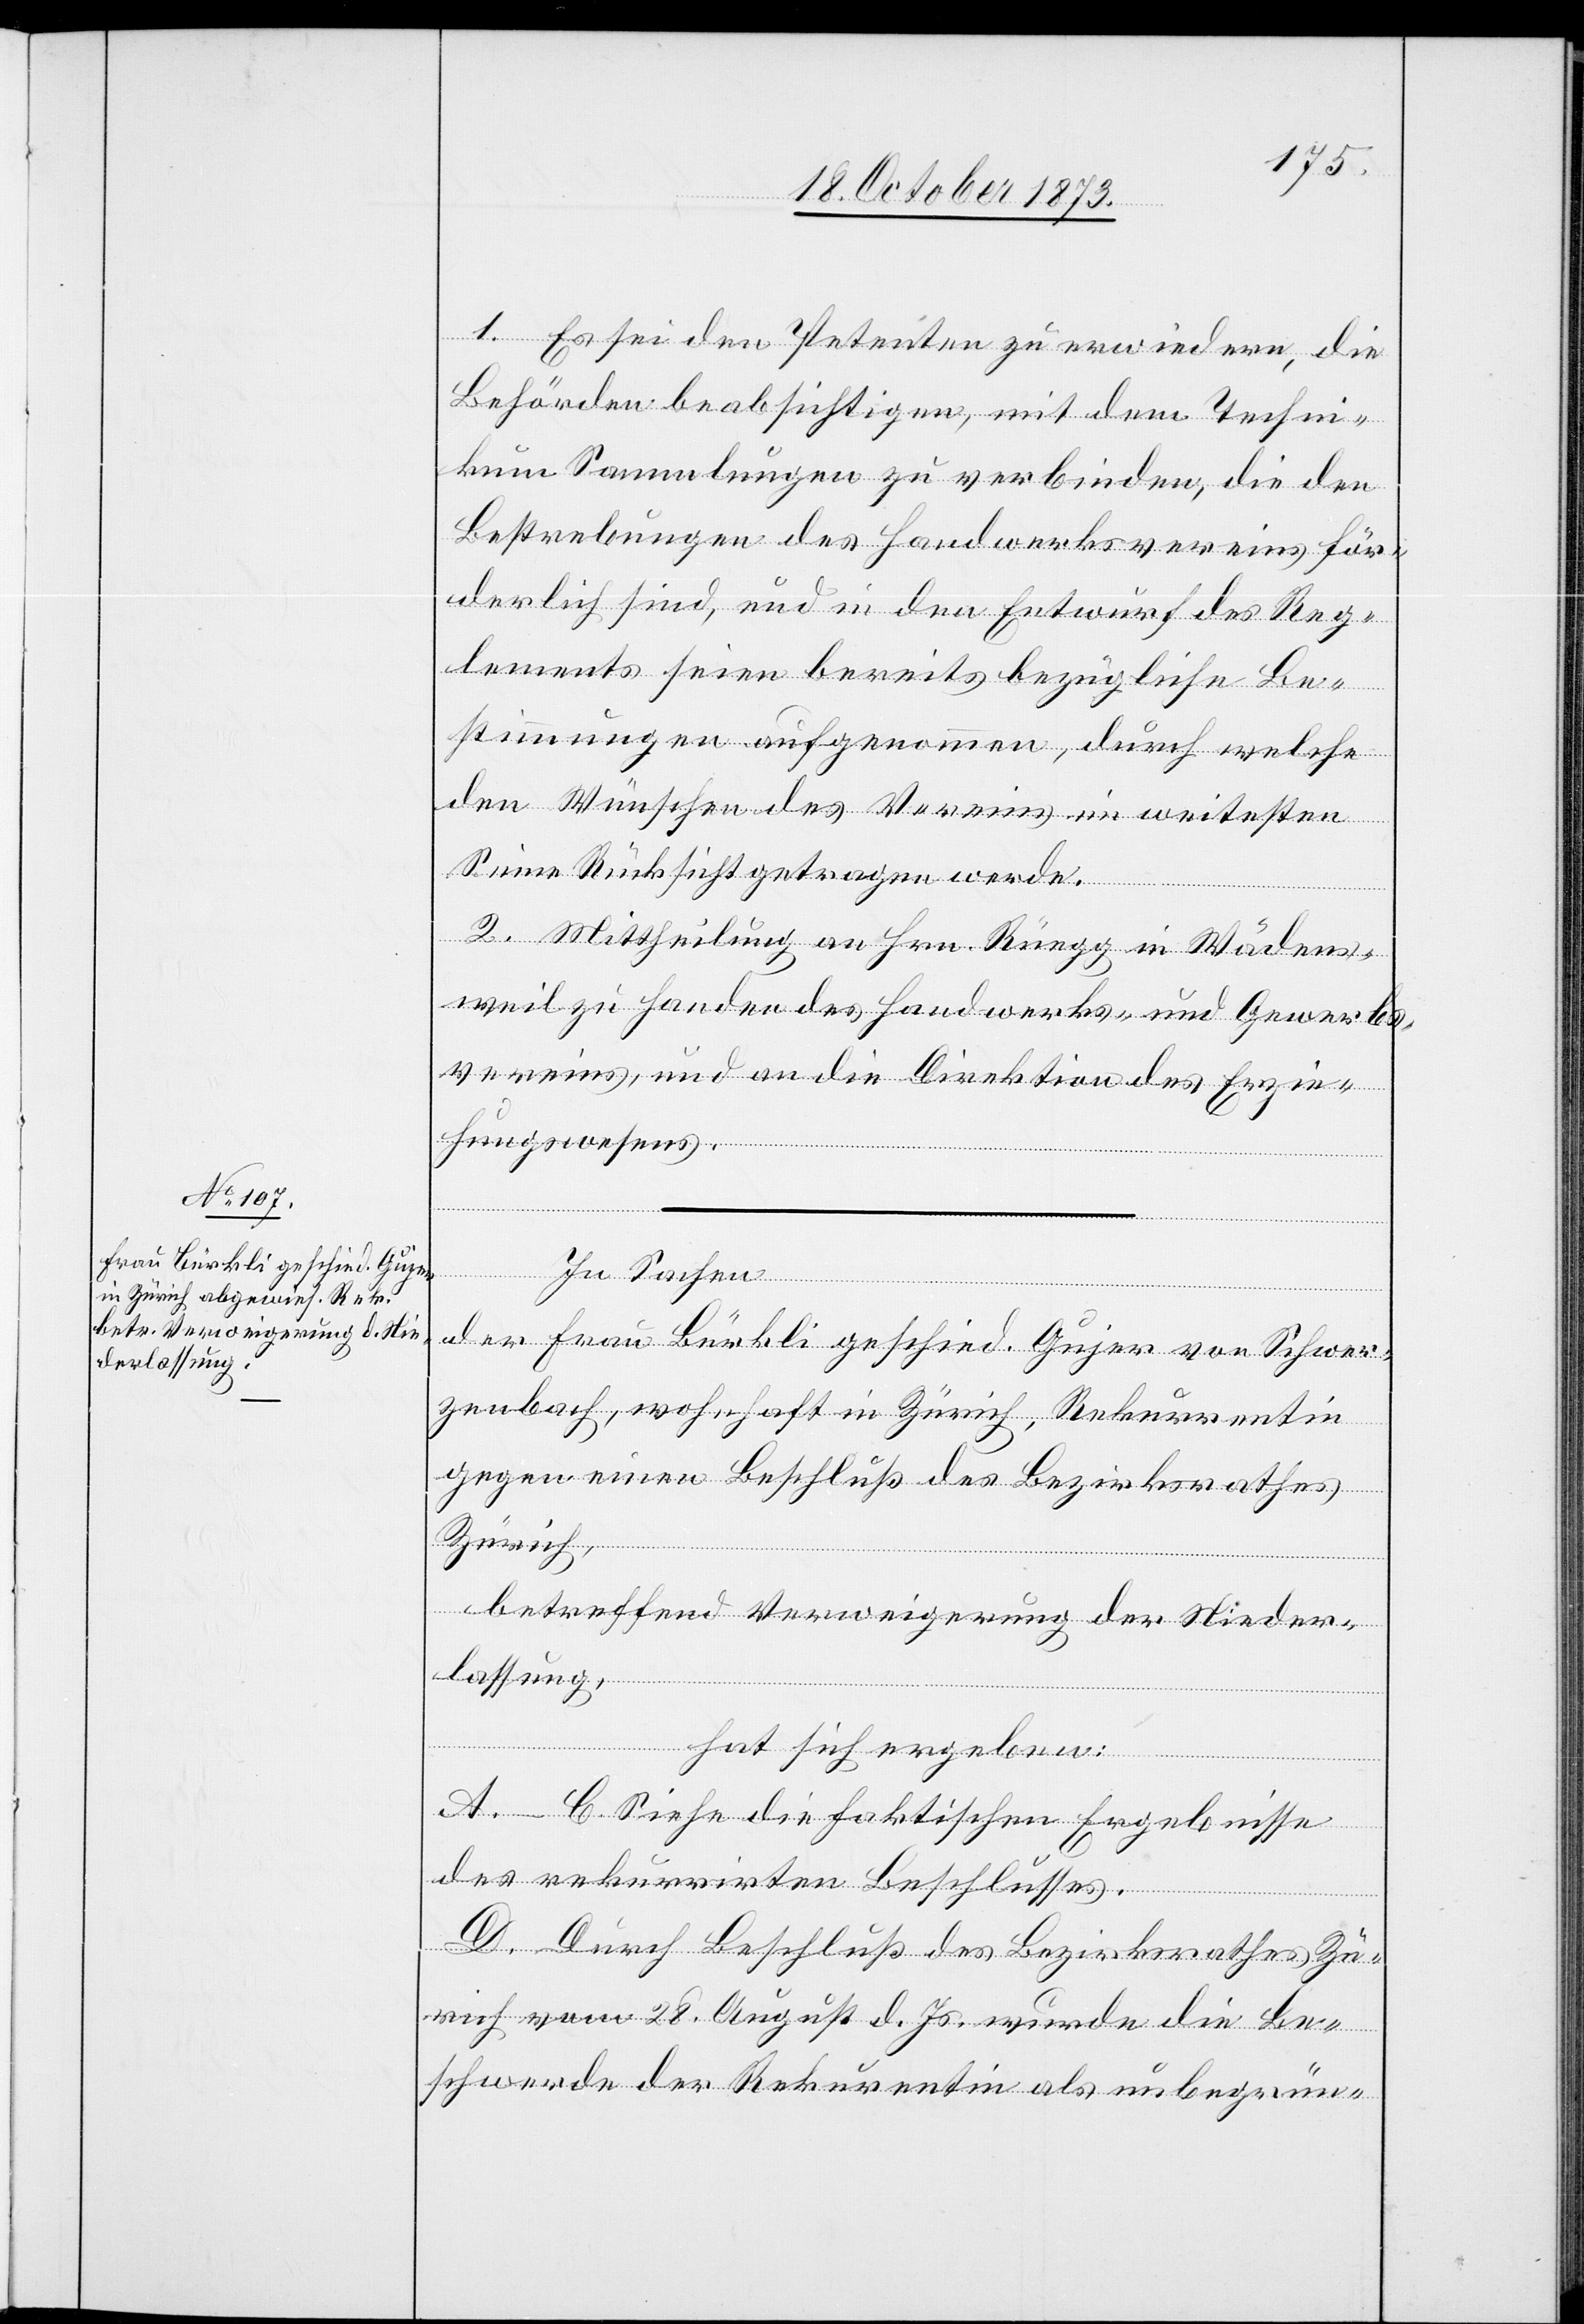
1. Es sei den Petenten zu erwiedern, die
Behörden beabsichtigen, mit dem Techni¬
kum Sammlungen zu verbinden, die den
Bestrebungen des Handwerksvereins för¬
derlich sind, und in den Entwurf des Reg¬
lements seien bereits bezügliche Be¬
stimmungen aufgenommen, durch welche
den Wünschen des Vereins im weitesten
Sinne Rücksicht getragen werde.
2. Mittheilung an Hrn. Rüegg in Wädens¬
weil zu Handen des Handwerks- und Gewerbs¬
vereins, und an die Direktion des Erzie¬
hungswesens.
In Sachen
der Frau Bürkli geschied. Gujer von Schwer¬
zenbach, wohnhaft in Zürich, Rekurrentin
gegen einen Beschluß des Bezirksrathes
Zürich,
betreffend Verweigerung der Nieder¬
lassung,
hat sich ergeben:
A.–C. Siehe die faktischen Ergebnisse
des rekurrirten Beschlusses.
D. Durch Beschluß des Bezirksrathes Zü¬
rich vom 28. August d. Js. wurde die Be¬
schwerde der Rekurentin [sic!] als unbegrün-